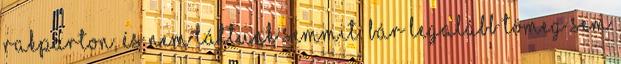
rakparton, és nem láttunk semmit. Bár legalább tömeg sem